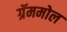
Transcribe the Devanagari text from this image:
ग्रॅममोल